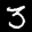
Label: 3